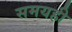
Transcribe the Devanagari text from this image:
समयही